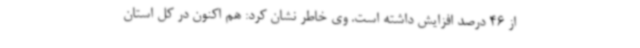
از 46 درصد افزایش داشته است. وی خاطر نشان کرد: هم اکنون در کل استان